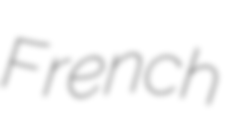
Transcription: French